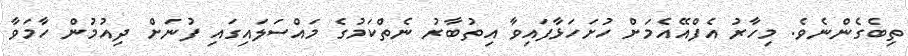
ތިބެގެންނެވެ. މިހާރު އެފްއޭއެމަށް ހުށަހަޅާފައިވާ އިތުބާރު ނެތްކަމުގެ މައްސަލައިގައި ފުނަށް ދިއުމުން ހާމަވާ